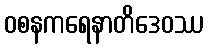
ဝစနကရေနာတိဒေဝဿ